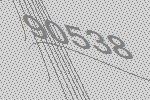
90538